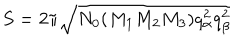
LaTeX: S = 2 \pi \sqrt { N _ { 0 } ( M _ { 1 } M _ { 2 } M _ { 3 } ) q _ { \alpha } ^ { 2 } q _ { \beta } ^ { 2 } }